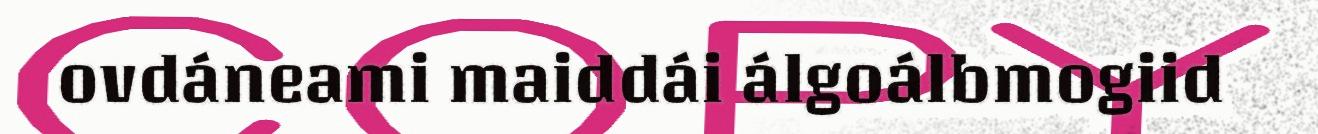
ovdáneami maiddái álgoálbmogiid